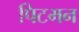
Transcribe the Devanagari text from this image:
पिटमन